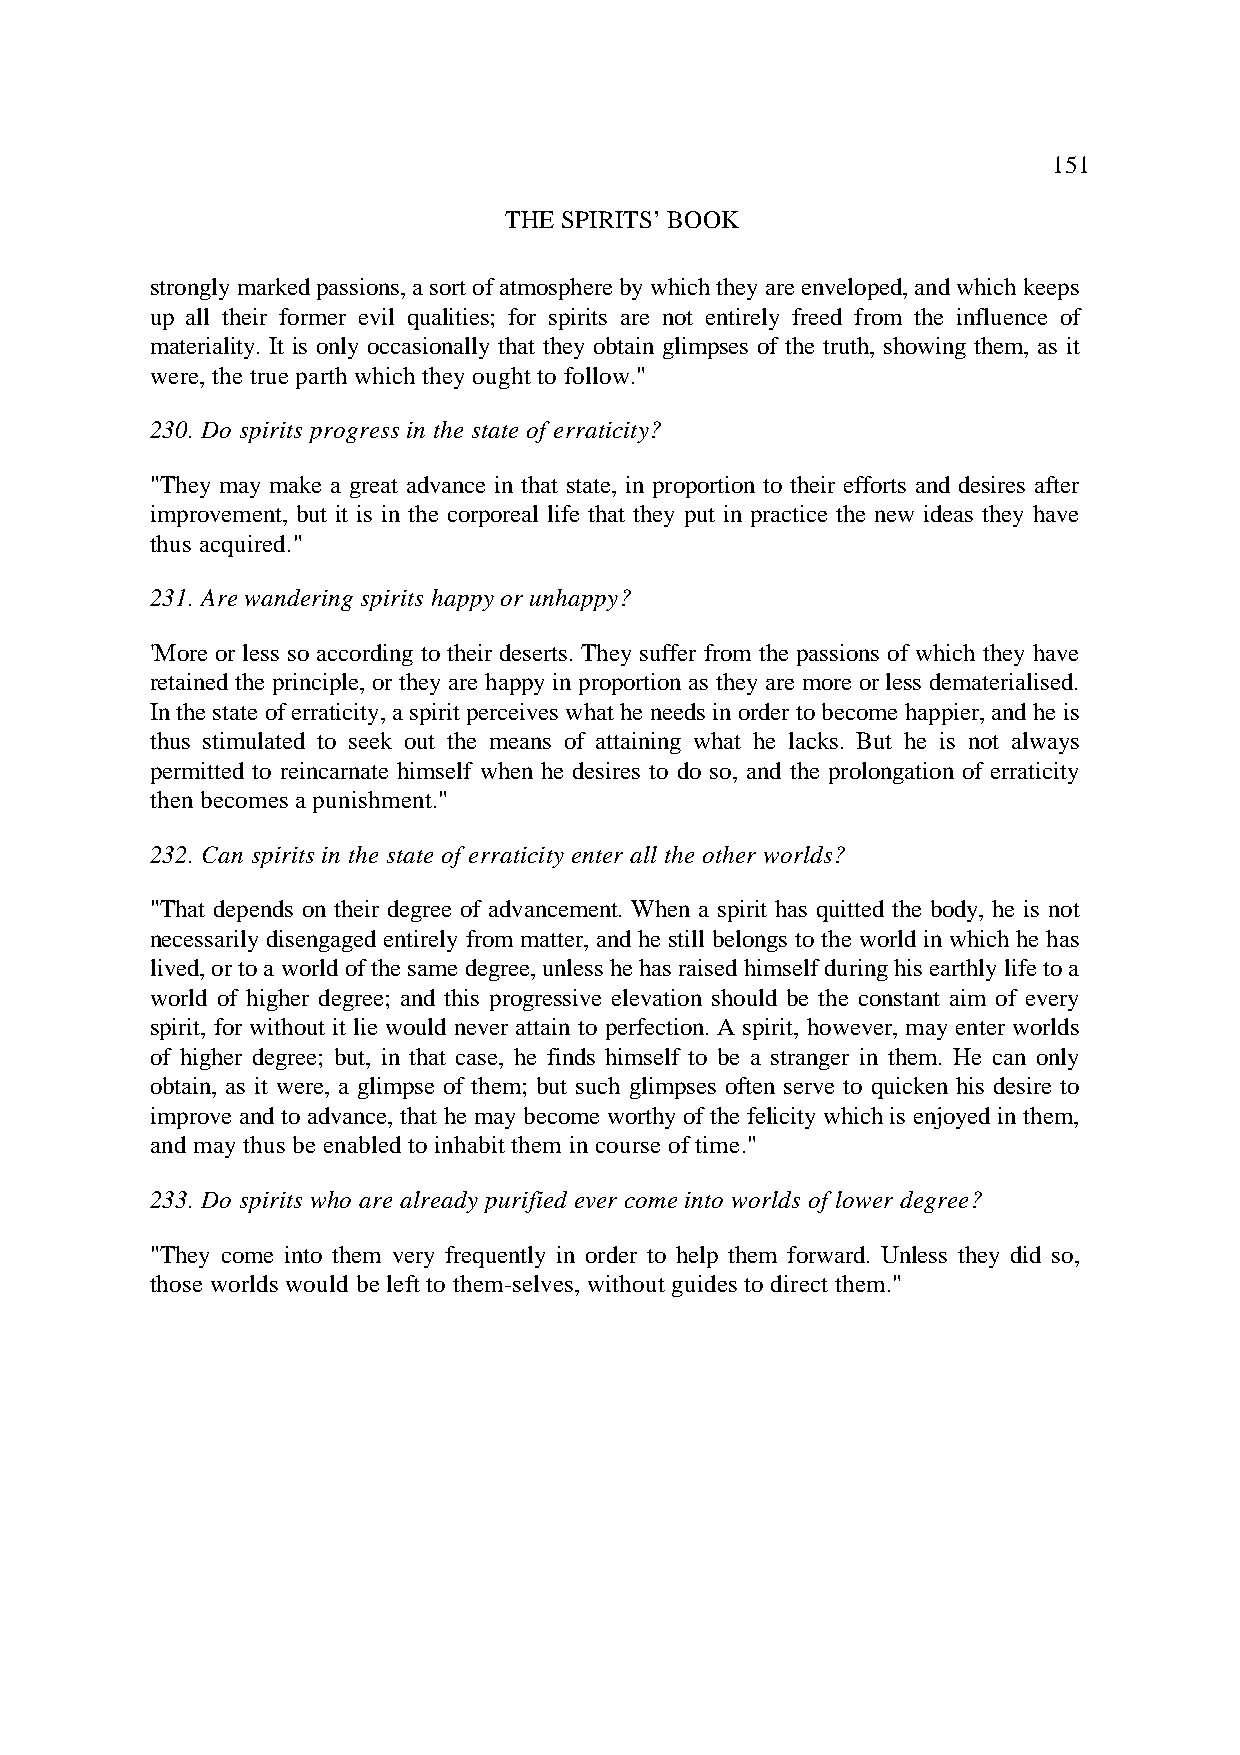
151
 THE SPIRITS’ BOOK
 strongly marked passions, a sort of atmosphere by which they are enveloped, and which keeps
 up all their former evil qualities; for spirits are not entirely freed from the influence of
 materiality. It is only occasionally that they obtain glimpses of the truth, showing them, as it
 were, the true parth which they ought to follow."
 230. Do spirits progress in the state of erraticity?
 "They may make a great advance in that state, in proportion to their efforts and desires after
 improvement, but it is in the corporeal life that they put in practice the new ideas they have
 thus acquired."
 231. Are wandering spirits happy or unhappy?
 'More or less so according to their deserts. They suffer from the passions of which they have
 retained the principle, or they are happy in proportion as they are more or less dematerialised.
 In the state of erraticity, a spirit perceives what he needs in order to become happier, and he is
 thus stimulated to seek out the means of attaining what he lacks. But he is not always
 permitted to reincarnate himself when he desires to do so, and the prolongation of erraticity
 then becomes a punishment."
 232. Can spirits in the state of erraticity enter all the other worlds?
 "That depends on their degree of advancement. When a spirit has quitted the body, he is not
 necessarily disengaged entirely from matter, and he still belongs to the world in which he has
 lived, or to a world of the same degree, unless he has raised himself during his earthly life to a
 world of higher degree; and this progressive elevation should be the constant aim of every
 spirit, for without it lie would never attain to perfection. A spirit, however, may enter worlds
 of higher degree; but, in that case, he finds himself to be a stranger in them. He can only
 obtain, as it were, a glimpse of them; but such glimpses often serve to quicken his desire to
 improve and to advance, that he may become worthy of the felicity which is enjoyed in them,
 and may thus be enabled to inhabit them in course of time."
 233. Do spirits who are already purified ever come into worlds of lower degree?
 "They come into them very frequently in order to help them forward. Unless they did so,
 those worlds would be left to them-selves, without guides to direct them."